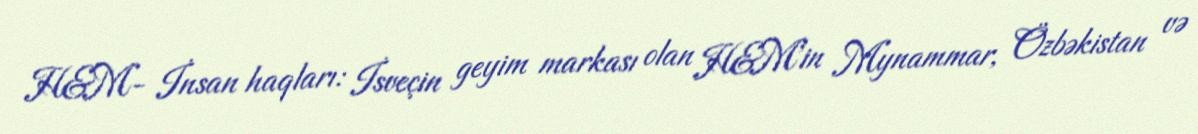
H&M- İnsan haqları: İsveçin geyim markası olan H&M'in Mynammar, Özbəkistan və